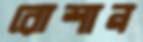
রোশান